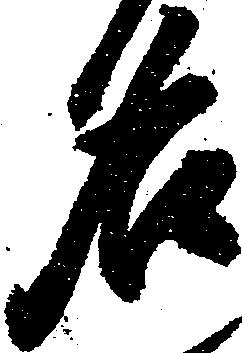
名